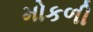
મોકળી